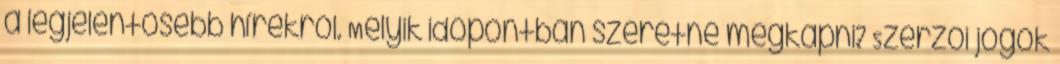
a legjelentősebb hírekről. Melyik időpontban szeretné megkapni? Szerzői jogok